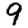
Digit: 9